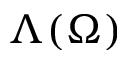
\Lambda ( \Omega )